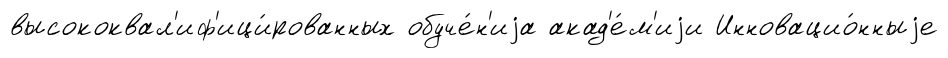
высококвал'иф'ици́рованных обуче́н'иjа акад'е́м'иjи Инновацио́нныjе